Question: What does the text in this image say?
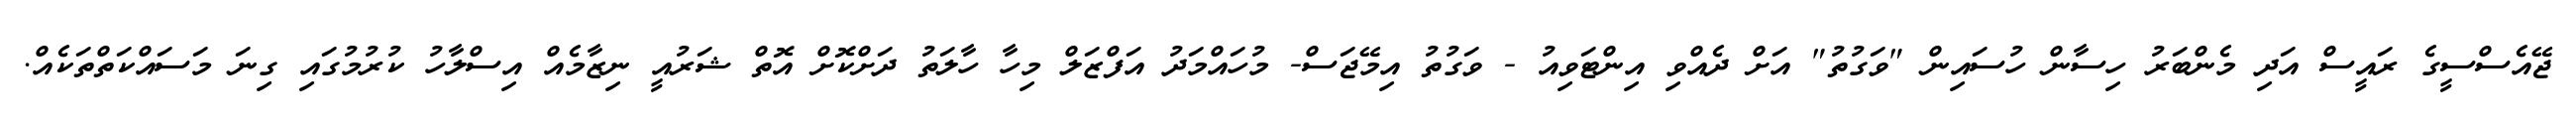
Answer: ޖޭއެސްސީގެ ރައީސް އަދި މެންބަރު ހިސާން ހުސައިން "ވަގުތު" އަށް ދެއްވި އިންޓަވިއު - ވަގުތު އިމޭޖަސް- މުހައްމަދު އަފްޒަލް މިހާ ހާލަތު ދަށްކޮށް އޮތް ޝަރުއީ ނިޒާމެއް އިސްލާހު ކުރުމުގައި ގިނަ މަސައްކަތްތަކެއް.